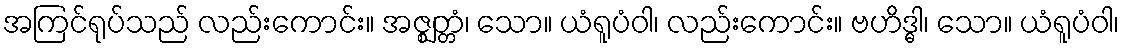
အကြင်ရုပ်သည် လည်းကောင်း။ အဇ္ဈတ္တံ၊ သော။ ယံရူပံဝါ၊ လည်းကောင်း။ ဗဟိဒ္ဓါ၊ သော။ ယံရူပံဝါ၊